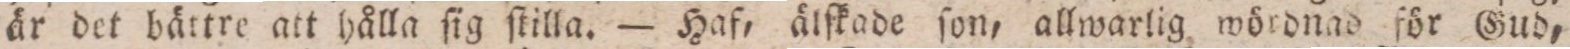
är det bättre att hålla ſig ſtilla. — Haf, älſkade ſon, allwarlig wördnad för Gud,